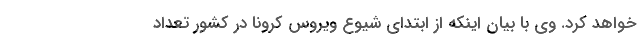
خواهد کرد. وی با بیان اینکه از ابتدای شیوع ویروس کرونا در کشور تعداد